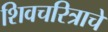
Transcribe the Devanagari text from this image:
शिवचरित्राचे